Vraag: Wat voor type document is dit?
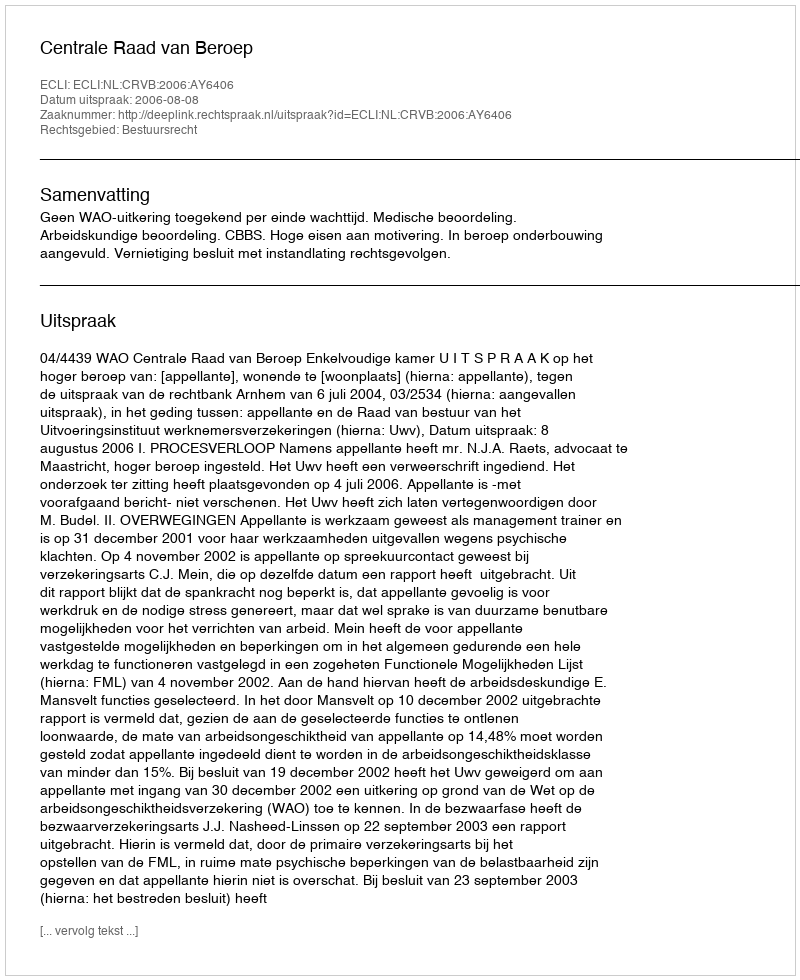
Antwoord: Uitspraak